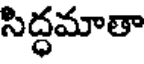
సిద్ధమాతా